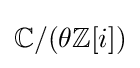
\mathbb {C} /(\theta \mathbb {Z} [i])